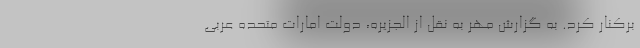
برکنار کرد. به گزارش مهر به نقل از الجزیره، دولت امارات متحده عربی